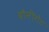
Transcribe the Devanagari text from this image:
वौनीगेट